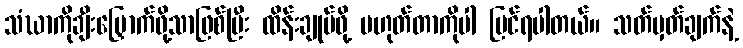
သံဃာကိုချီးမြှောက်ဖို့သာဖြစ်ပြီး ထိန်းချုပ်ဖို့ မဟုတ်တာကိုပါ မြင်ရပါတယ်။ သတ်မှတ်ချက်နဲ့